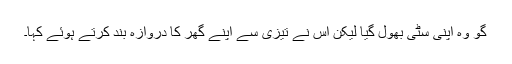
گو وہ اپنی سٹی بھول گیا لیکن اُس نے تیزی سے اپنے گھر کا دروازہ بند کرتے ہوئے کہا۔